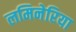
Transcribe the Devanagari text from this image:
लमिनेरिया